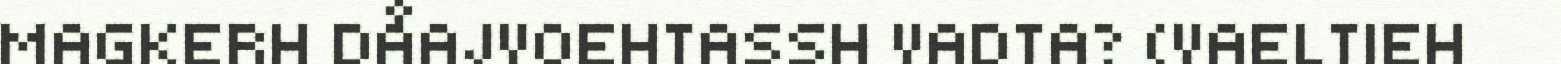
MAGKERH DÅAJVOEHTASSH VADTA? (VAELTIEH